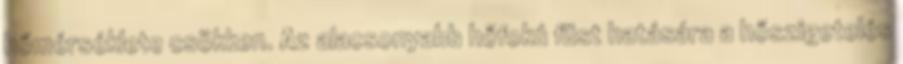
hőmérséklete csökken. Az alacsonyabb hőfokú füst hatására a hőszigetelés